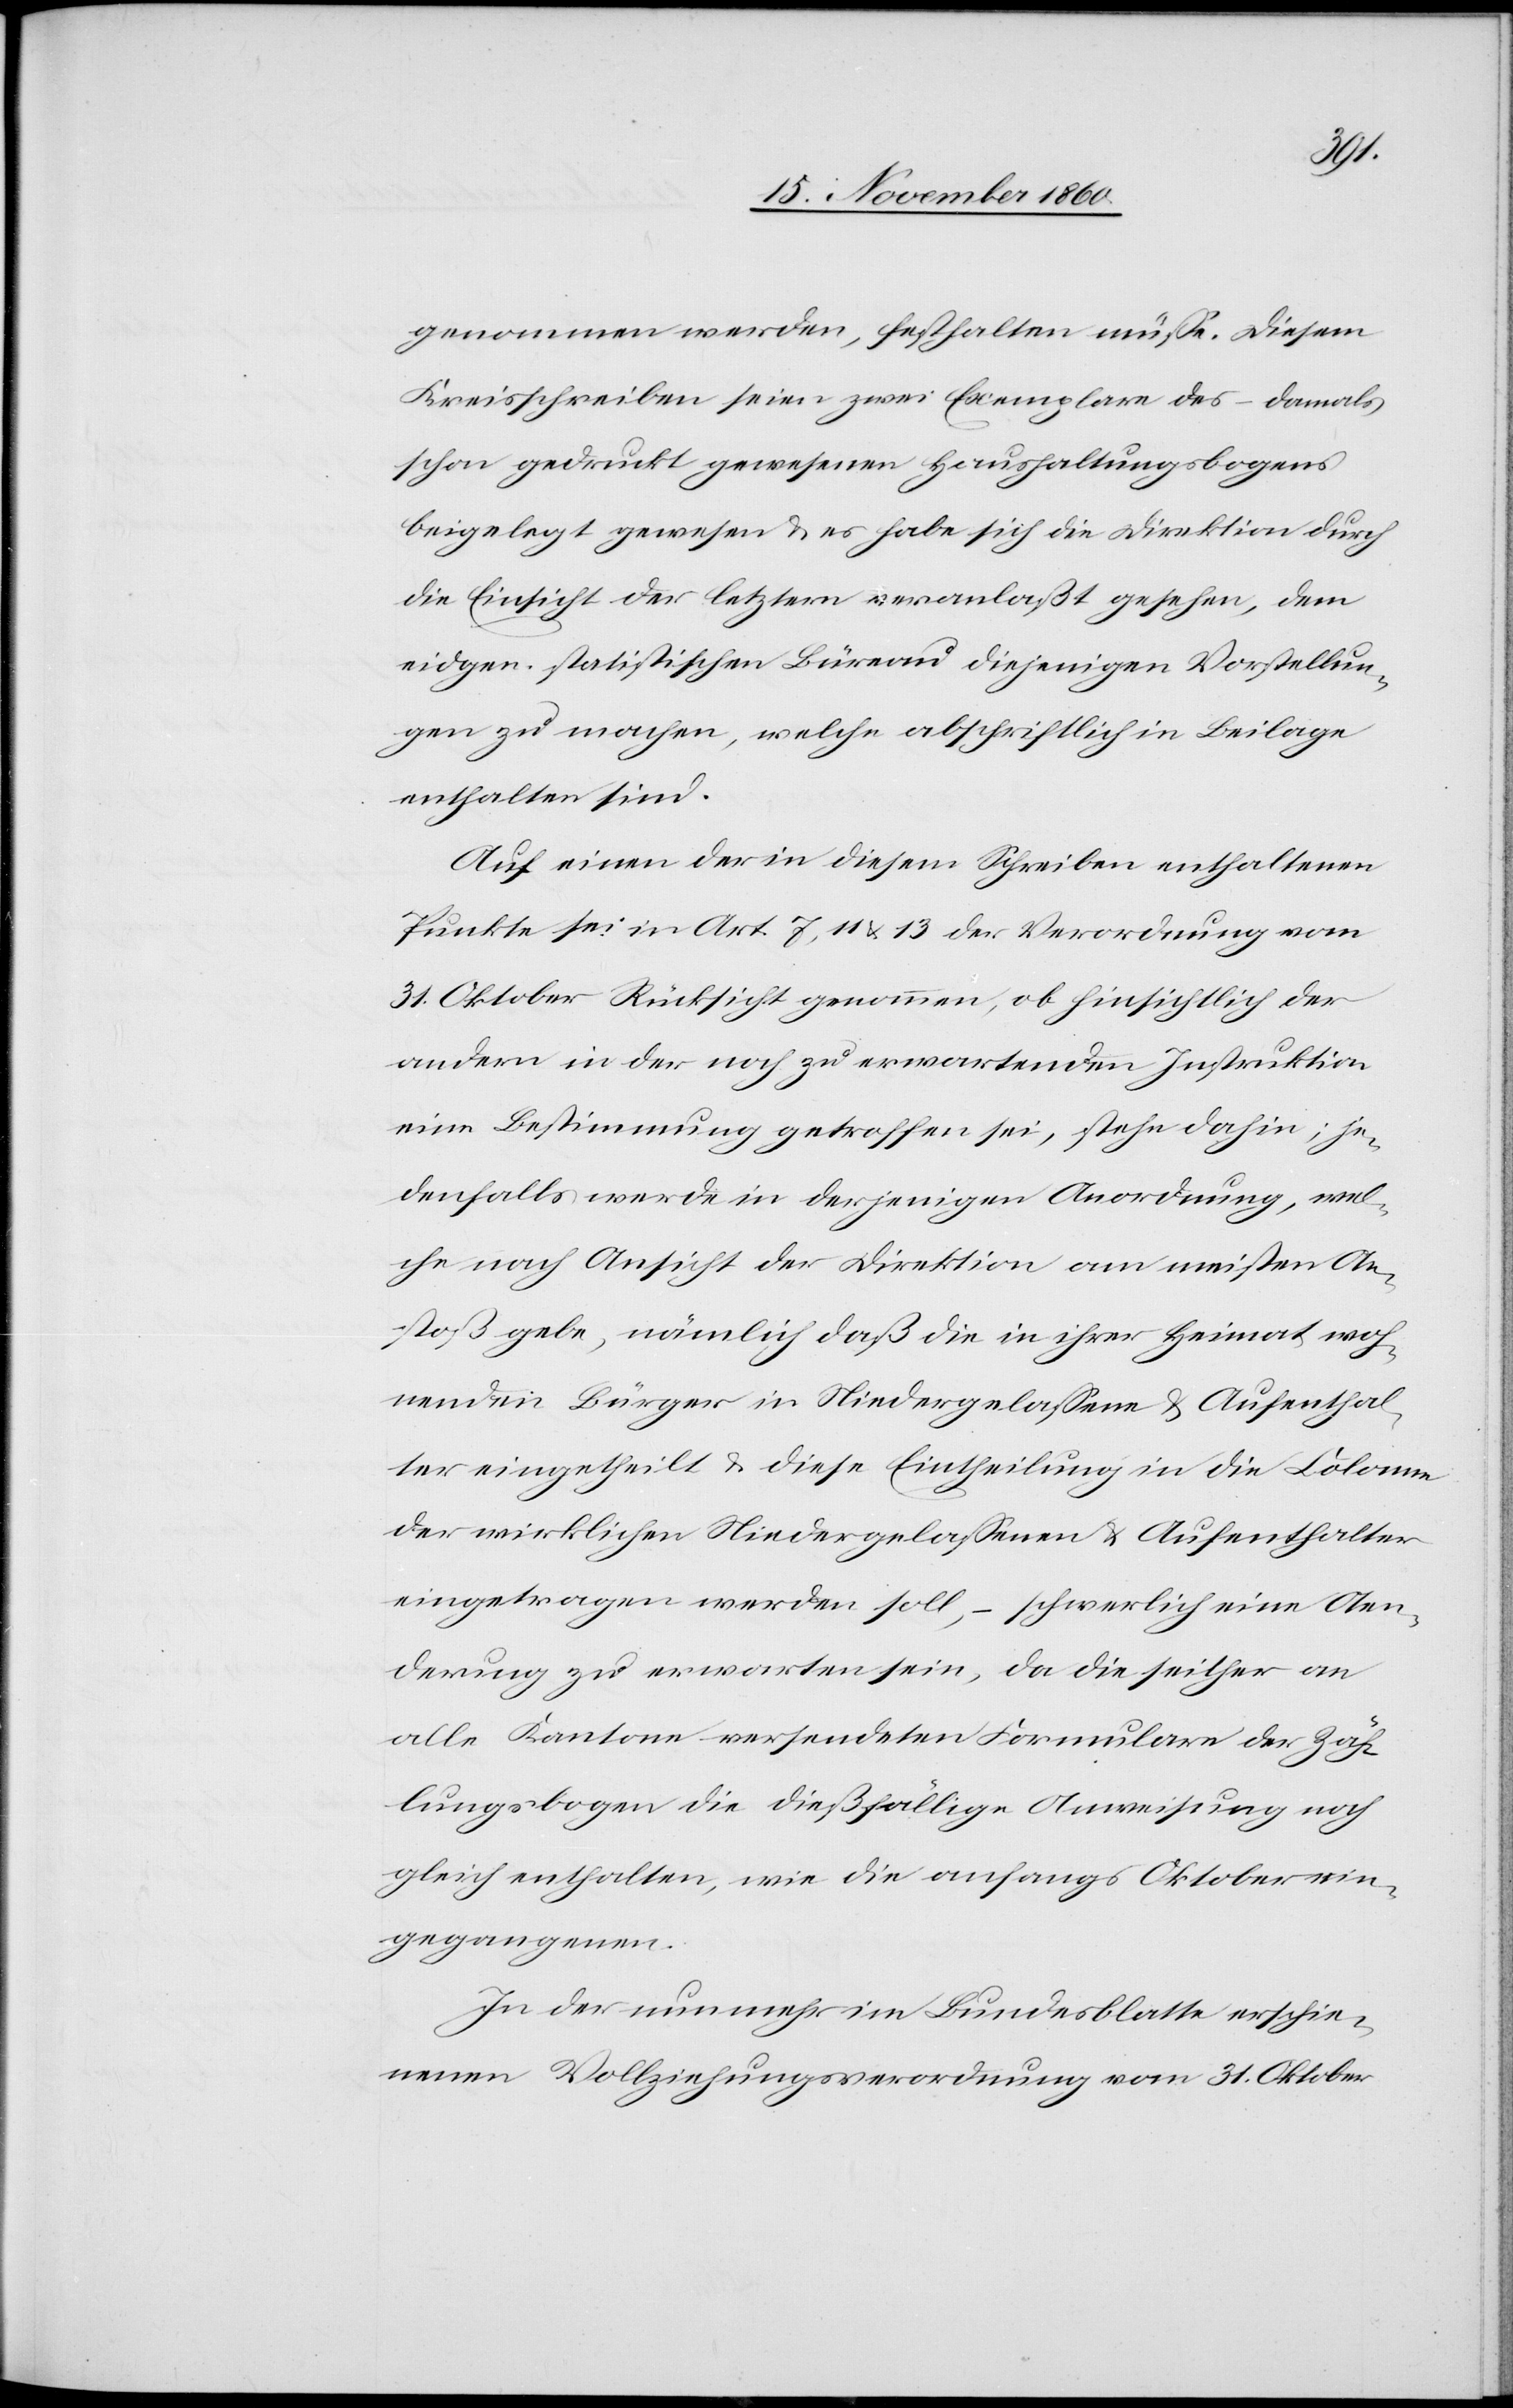
genommen werden, festhalten müße. Diesem
Kreisschreiben seien zwei Exemplare des damals
schon gedruckt gewesenen Haushaltungsbogens
beigelegt gewesen u. es habe sich die Direktion durch
die Einsicht der letztern veranlaßt gesehen, dem
eidgen. statistischen Büreau diejenigen Vorstellun¬
gen zu machen, welche abschriftlich in Beilage
enthalten sind.
Auf einem der in diesem Schreiben enthaltenen
Punkte sei in Art. 7, 11 u. 13 der Verordnung vom
31. Oktober Rücksicht genommen, ob hinsichtlich der
andern in der noch zu erwartenden Instruktion
eine Bestimmung getroffen sei, stehe dahin; je¬
denfalls werde in derjenige Anordnung, wel¬
che nach Ansicht der Direktion am meisten An¬
stoß gebe, nämlich daß die in ihrer Heimat woh¬
nenden Bürger in Niedergelassene u. Aufenthal¬
ter eingetheilt u. diese Eintheilung in die Colonne
der wirklichen Niedergelassenen u. Aufenthalter
eingetragen werden soll, – schwerlich eine Aen¬
derung zu erwarten sein, da die seither an
alle Kantone versendeten Formulare der Zäh¬
lungsbogen die dießfällige Anweisung noch
gleich enthalten, wie die anfangs Oktober ein¬
gegangenen.
In der nunmehr im Bundesblatte erschie¬
denen Vollziehungsverordnung vom 31. Oktober